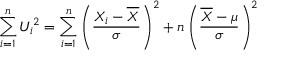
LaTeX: \sum _ { i = 1 } ^ { n } U _ { i } ^ { 2 } = \sum _ { i = 1 } ^ { n } \left( { \frac { X _ { i } - { \overline { { X } } } } { \sigma } } \right) ^ { 2 } + n \left( { \frac { { \overline { { X } } } - \mu } { \sigma } } \right) ^ { 2 }